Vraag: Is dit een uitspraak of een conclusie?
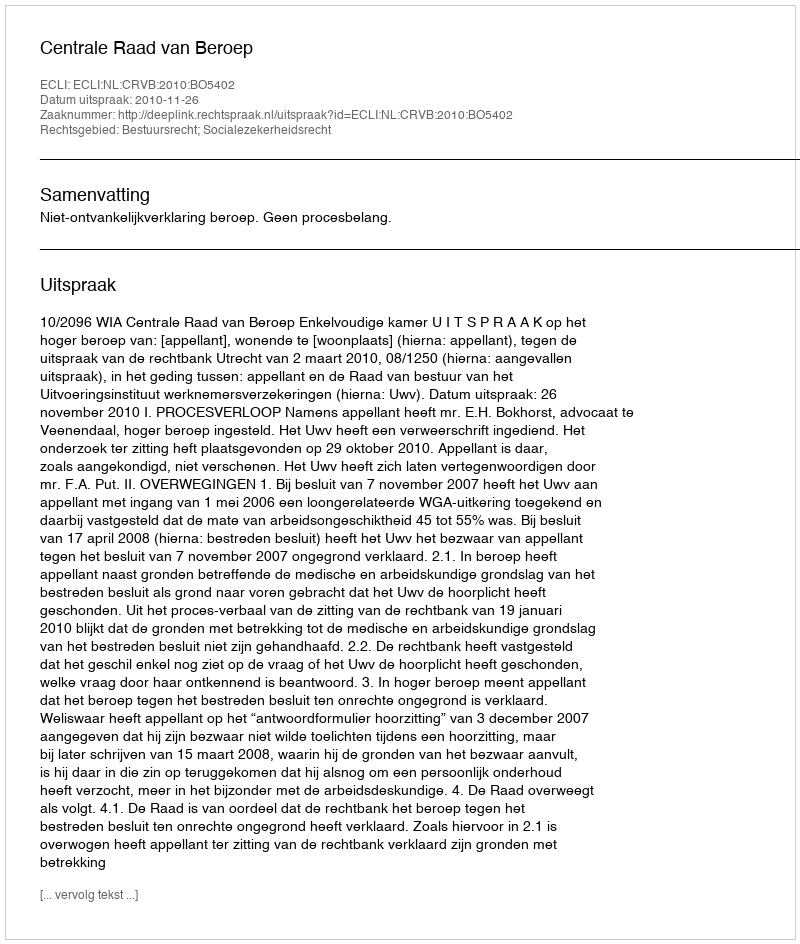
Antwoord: Uitspraak